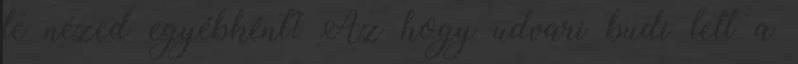
te nézed egyébként? Az hogy udvari budi lett a